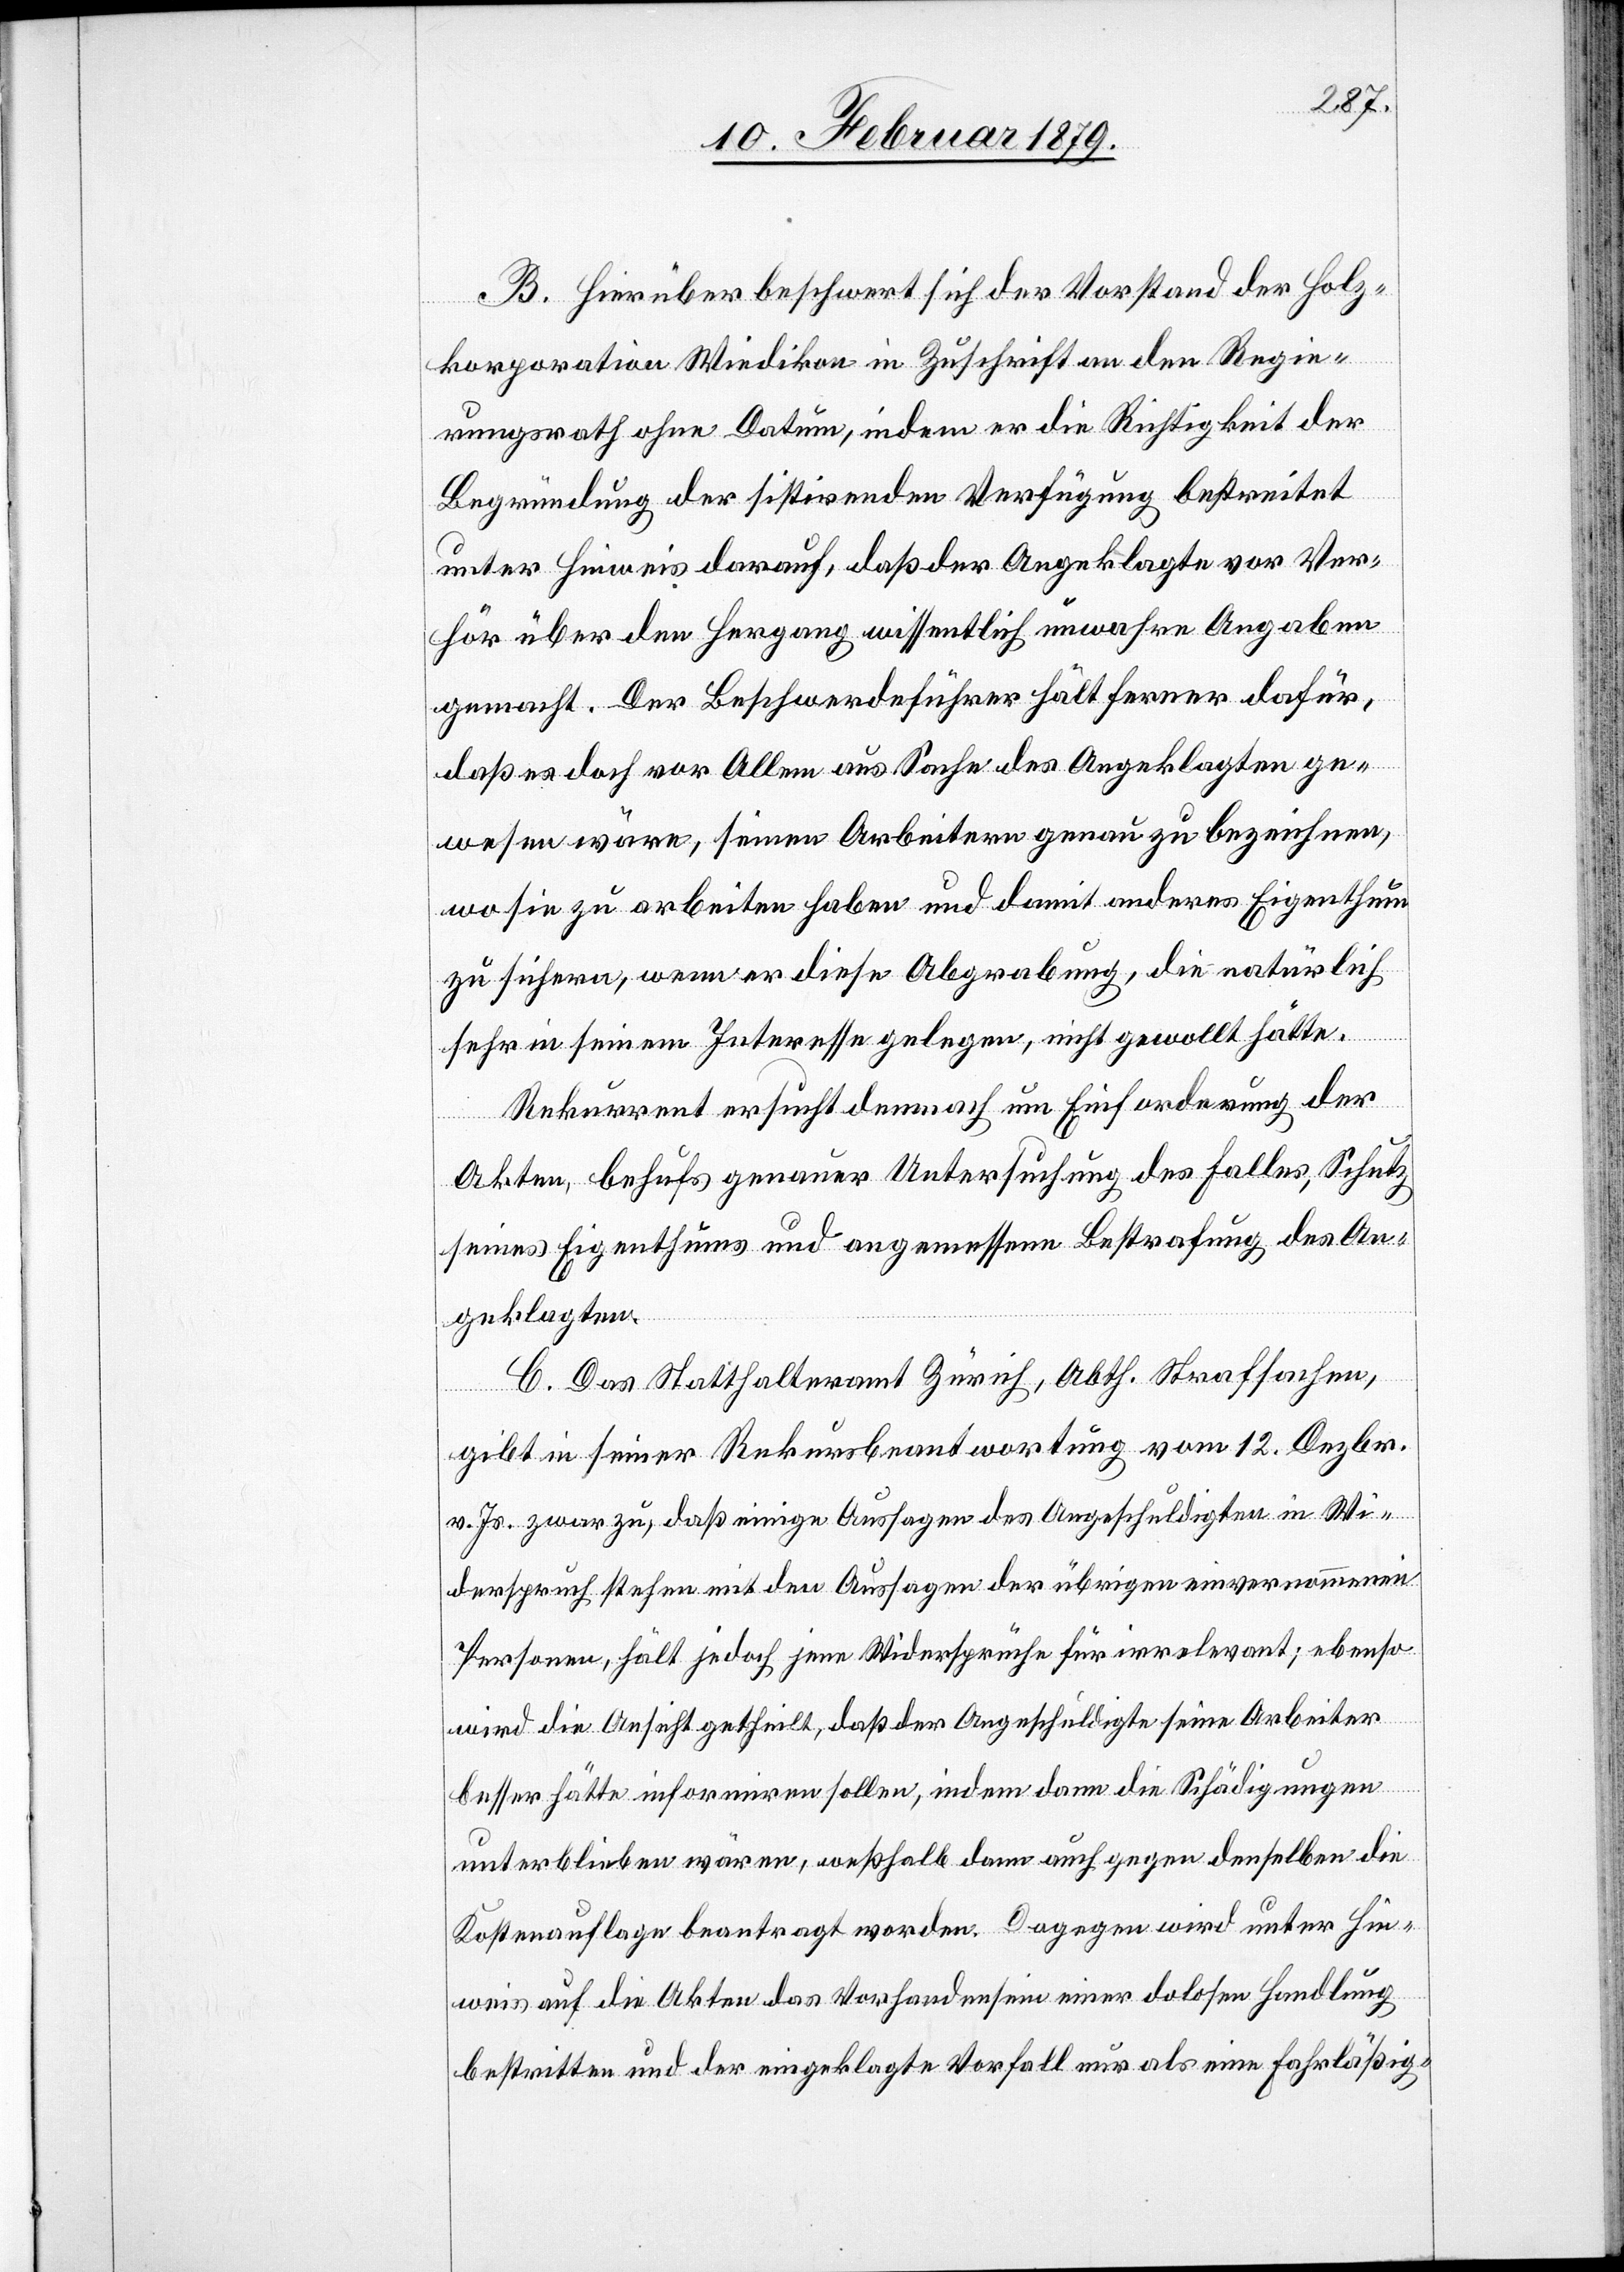
B. Hierüber beschwert sich der Vorstand der Holz¬
korporation Wiedikon in Zuschrift an den Regie¬
rungsrath ohne Datum, indem er die Richtigkeit der
Begründung der sistirenden Verfügung bestreitet
unter Hinweis darauf, daß der Angeklagte vor Ver¬
hör über den Hergang wissentlich unwahre Angaben
gemacht. Der Beschwerdeführer hält ferner dafür,
daß es doch vor Allem aus Sache des Angeklagten ge¬
wesen wäre, seinen Arbeitern genau zu bezeichnen,
wo sie zu arbeiten haben und damit anderes Eigenthum
zu sichern, wenn er diese Abgrabung, die natürlich
sehr in seinem Interesse gelegen, nicht gewollt hätte.
Rekurrent ersucht demnach um Einforderung der
Akten behufs genauer Untersuchung des Falles, Schutz
seines Eigenthums und angemessenen [sic!] Bestrafung des An¬
geklagten.
C. Das Statthalteramt Zürich, Abth. Strafsachen,
gibt in seiner Rekursbeantwortung vom 12. Dezbr.
v. Js. zwar zu, daß einige Aussagen des Angeschuldigten in Wi¬
derspruch stehen mit den Aussagen der übrigen einvernommenen
Personen, hält jedoch jene Widersprüche für irrelevant; ebenso
wird die Ansicht getheilt, daß der Angeschuldigte seine Arbeiter
besser hätte informiren sollen, indem dann die Schädigungen
unterblieben wären, weßhalb dann auch gegen denselben die
Kostenauflage beantragt worden. Dagegen wird unter Hin¬
weis auf die Akten das Vorhandensein einer dolosen Handlung
bestritten und der eingeklagte Vorfall nur als eine Fahrläßig-